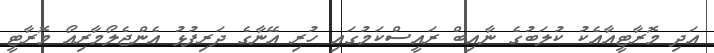
އަދި މޮރާޓީއާއެކު ކުލަބުގެ ނާއިބް ރައީސްކަމުގައި ހުރި އޭނާގެ ދަރިފުޅު އެންޖެލޯމާރިއޯ މޮރާޓީ